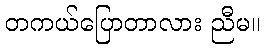
တကယ်ပြောတာလား ညီမ။